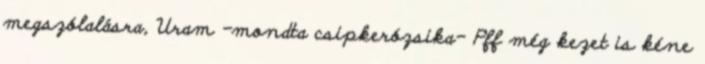
megszólalásra, Uram -mondta csipkerózsika- Pff még kezet is kéne